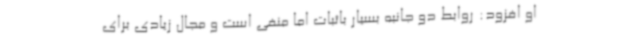
او افزود: روابط دو جانبه بسیار باثبات اما منفی است و مجال زیادی برای